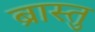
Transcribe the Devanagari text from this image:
ब्रास्तु